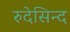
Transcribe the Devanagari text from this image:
रुदेसिन्द